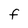
Character: F